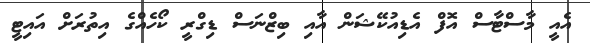
އެއީ މާސްޓާސް އޮފް އެޑިއުކޭޝަން އާއި ބިޒްނަސް ޑިގްރީ ކޯހެއްގެ އިތުރަށް އައިޓީ